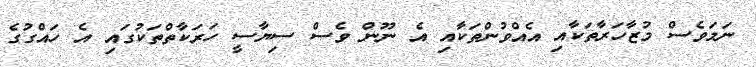
ނަމަވެސް މުޒާހަރާތަކާއި އެއްވުންތަކާއި އެ ނޫން ވެސް ސިޔާސީ ހަރަކާތްތަކުގައި އެ ހައްގުގެ